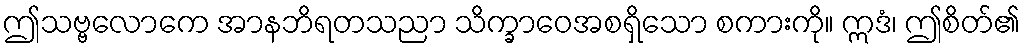
ဤသဗ္ဗလောကေ အာနဘိရတသညာ သိက္ခာဝေအစရှိသော စကားကို။ ဣဒံ၊ ဤစိတ်၏